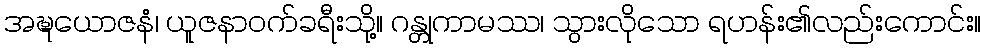
အဍ္ဎယောဇနံ၊ ယူဇနာဝက်ခရီးသို့။ ဂန္တုကာမဿ၊ သွားလိုသော ရဟန်း၏လည်းကောင်း။